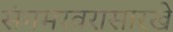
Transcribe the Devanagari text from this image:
संगमरवरासारखे